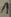
Text: 1